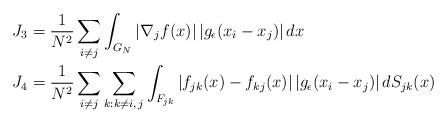
LaTeX: \begin{align*}J_{3} & =\frac{1}{N^{2}}\sum_{i\neq j}\int_{G_{N}}\left|\nabla_{j}f(x)\right|\left|g_{\epsilon}(x_{i}-x_{j})\right|dx\\J_{4} & =\frac{1}{N^{2}}\sum_{i\neq j}\sum_{k:k\neq i,\,j}\int_{F_{jk}}\left|f_{jk}(x)-f_{kj}(x)\right|\left|g_{\epsilon}(x_{i}-x_{j})\right|dS_{jk}(x)\end{align*}